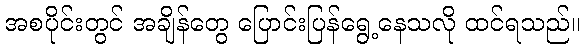
အစပိုင်းတွင် အချိန်တွေ ပြောင်းပြန်ရွေ့နေသလို ထင်ရသည်။